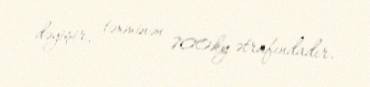
dəyişir, təxminən 700ky ətrafındadır.